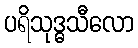
ပရိသုဒ္ဓသီလော